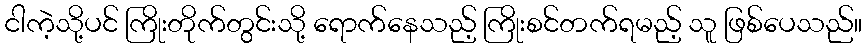
ငါကဲ့သို့ပင် ကြိုးတိုက်တွင်းသို့ ရောက်နေသည့် ကြိုးစင်တက်ရမည့် သူ ဖြစ်ပေသည်။